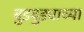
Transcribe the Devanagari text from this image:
बुडबुड्याच्या